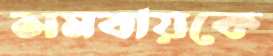
সমবায়কে